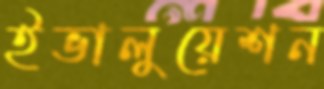
ইভালুয়েশন